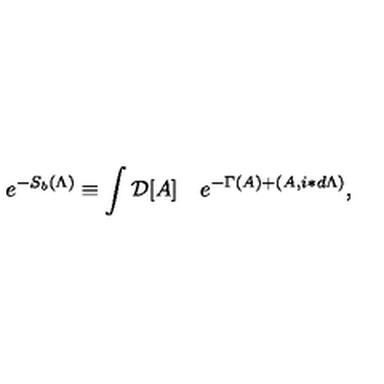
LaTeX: e ^ { - S _ { b } ( \Lambda ) } \equiv \int { \cal D } [ A ] \quad e ^ { - \Gamma ( A ) + ( A , i \ast d \Lambda ) } ,